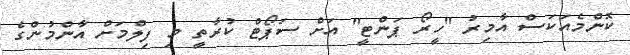
ކޮންމެއަކަސް އާމިރު ''ހީރޯ ޕަންޓީ'' އަށް ސަޕޯޓް ކުރާތީ މި ފިލްމަށް އާންމުންގެ